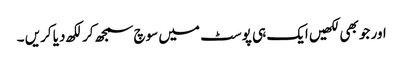
اور جو بھی لکھیں ایک ہی پوسٹ میں سوچ سمجھ کر لکھ دیا کریں ۔